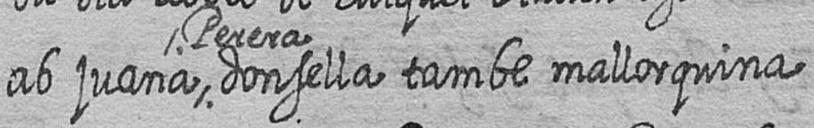
ab juana Perera donsella tambe mallorquina